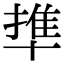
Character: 㔼